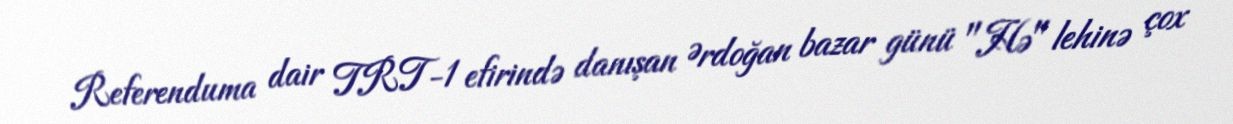
Referenduma dair TRT-1 efirində danışan Ərdoğan bazar günü "Hə" lehinə çox